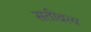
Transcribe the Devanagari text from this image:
सतीव्रत्य